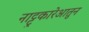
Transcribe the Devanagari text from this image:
नाट्टुकारेआतुन